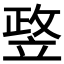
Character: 𥪛